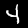
Digit: 4